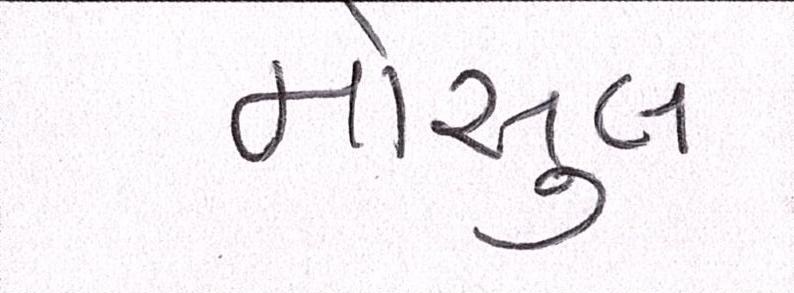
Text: મોસુલ